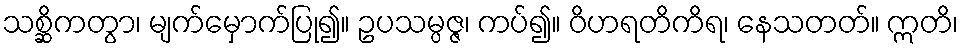
သစ္ဆိကတွာ၊ မျက်မှောက်ပြု၍။ ဥပသမ္ပဇ္ဇ၊ ကပ်၍။ ဝိဟရတိကိရ၊ နေသတတ်။ ဣတိ၊